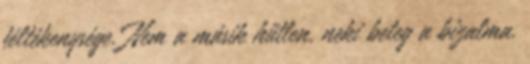
féltékenysége. Nem a másik hűtlen, neki beteg a bizalma.